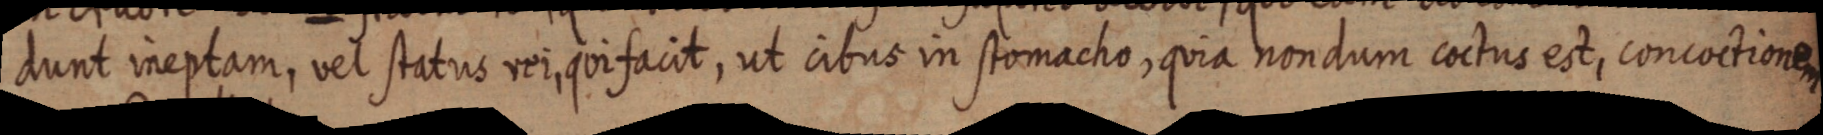
dunt ineptam, vel status rei, qui facit, ut cibus in stomacho, quia nondum coctus est, concoctionem